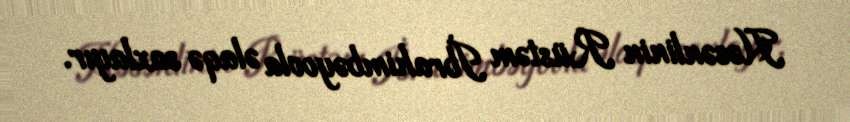
Həsənlinin Rüstəm İbrahimbəyovla əlaqə saxlayır.